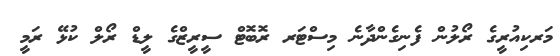
މަރކިއުރީގެ ރޯލުން ފެނިގެންދާނެ މިސްޓަރ ރޮބޮޓް ސީރީޒްގެ ލީޑް ރޯލް ކުޅޭ ރަމީ